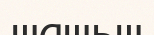
шашьш